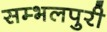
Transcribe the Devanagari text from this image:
सम्भलपुरी